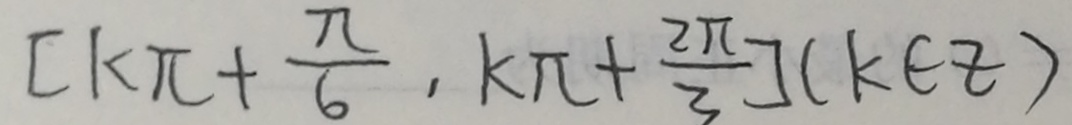
[ k \pi + \frac { \pi } { 6 } , k \pi + \frac { 2 \pi } { 3 } ] ( k \in z )